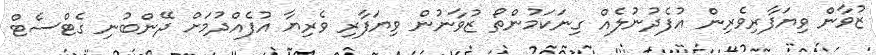
ޒުވާން ވިޔަފާރިވެރިން އުފެދުނުލެއް ގިނަކަމުންތޯ ޒުވާނުން ވިޔަފާރި ވެރިޔާ އުފެއްދުމަށް ދޭންބުނި ގެޓްސެޓް